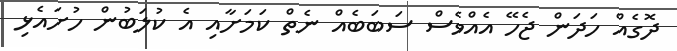
ދޮގެއް ހަދަން ޖެހޭ އެއްވެސް ސަބަބެއް ނެތް ކަމަށާއި އެ ކުލަބުން ހުށައެޅި